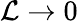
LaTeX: \mathcal{L}\rightarrow0